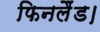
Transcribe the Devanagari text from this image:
फिनलैंड।